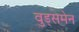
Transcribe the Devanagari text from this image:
वुड्समेन